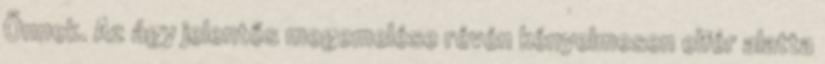
Önnek. Az ágy jelentős megemelése révén kényelmesen elfér alatta